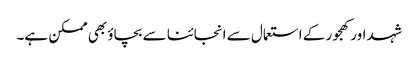
شہد اور کھجور کے استعمال سے انجائنا سے بچاؤ بھی ممکن ہے۔